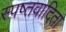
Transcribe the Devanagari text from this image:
स्पष्तवादिता